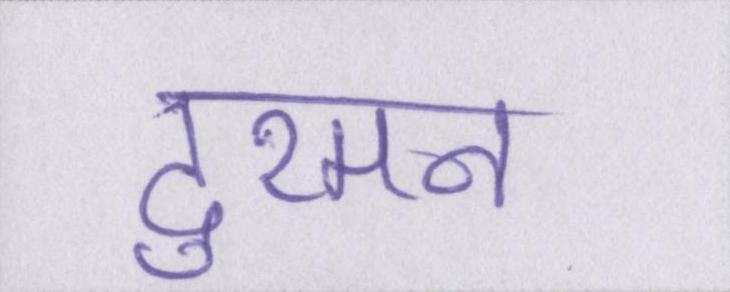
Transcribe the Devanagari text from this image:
दुश्मन